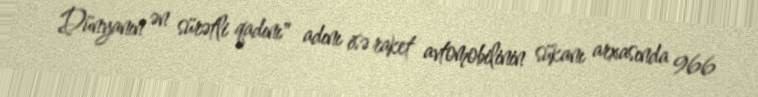
Dünyanın ən sürətli qadını" adını isə raket avtomobilinin sükanı arxasında 966